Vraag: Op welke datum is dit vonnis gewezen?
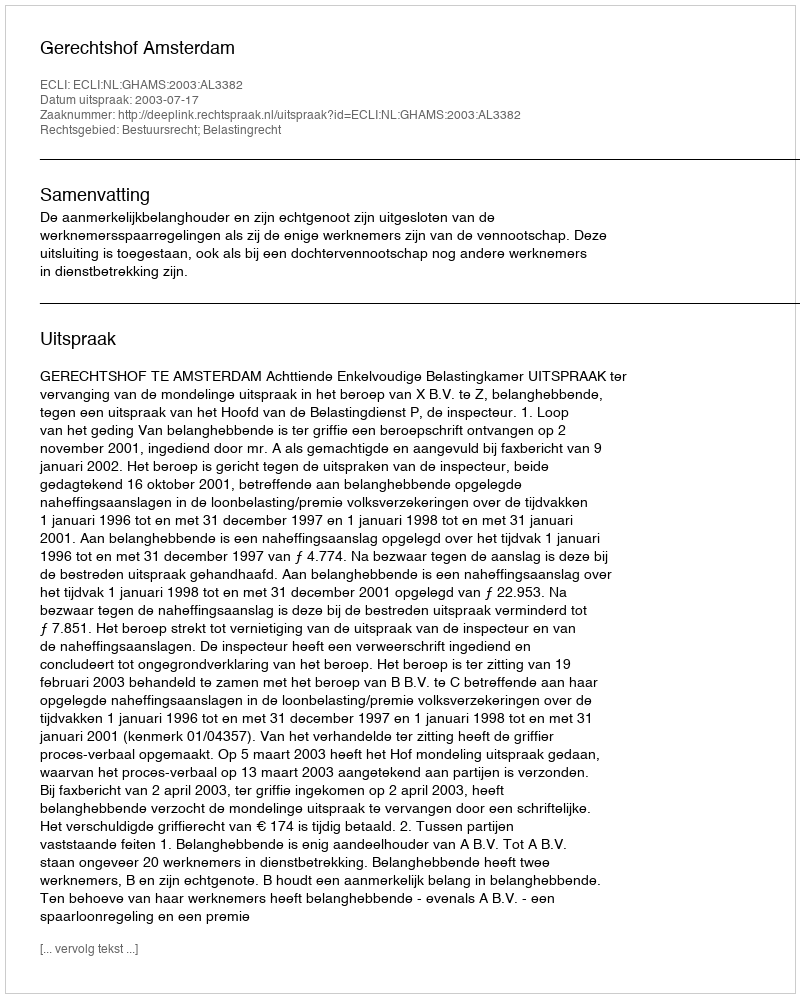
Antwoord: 2003-07-17